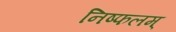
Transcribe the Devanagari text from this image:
निष्फलम्